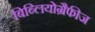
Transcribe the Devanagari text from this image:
बिब्लियोग्रैफीज